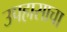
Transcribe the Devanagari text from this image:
उपहासाचा